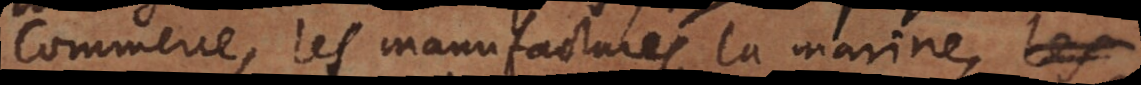
commerce, les manufactures, la marine,